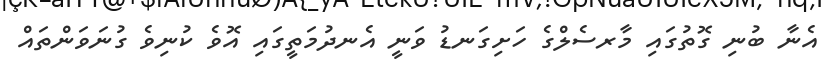
އެނާ ބުނި ގޮތުގައި މާރސެލްގެ ހަށިގަނޑު ވަނީ އެނދުމަތީގައި އޮވެ ކުނިވެ ގުނަވަންތައް